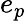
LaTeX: e_{p}